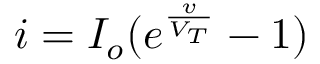
i = I _ { o } ( e ^ { \frac { v } { V _ { T } } } - 1 )